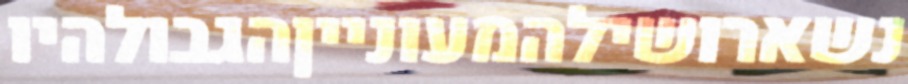
נשארושילהמעונייןהגבולהיו